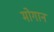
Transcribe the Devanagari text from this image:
मोगान